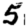
Digit: 5